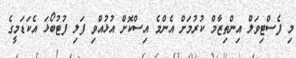
މި ފެސްޓިވަލް އިންތިޒާމް ކުރުމަށް އެންމެ އިސްކޮށް އުޅުއްވި ފަލި ފުޓުބޯޅަ އެކަޑަމީގެ